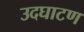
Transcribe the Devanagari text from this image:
उदघाटण